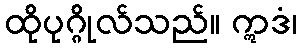
ထိုပုဂ္ဂိုလ်သည်။ ဣဒံ၊